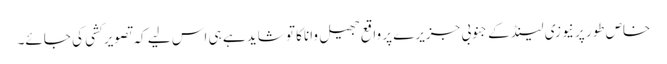
خاص طور پر نیوزی لینڈ کے جنوبی جزیرے پر واقع جھیل واناکا تو شاید ہے ہی اس لیے کہ تصویر کشی کی جائے۔